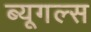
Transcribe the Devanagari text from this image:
ब्यूगल्स